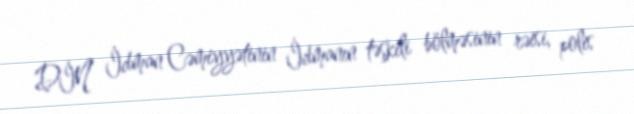
DİN İdman Cəmiyyətinin İdmanın təşkili bölməsinin rəisi, polis